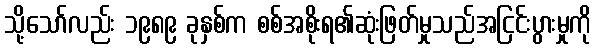
သို့သော်လည်း ၁၉၈၉ ခုနှစ်က စစ်အစိုးရ၏ဆုံးဖြတ်မှုသည်အငြင်းပွားမှုကို